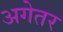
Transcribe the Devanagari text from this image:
अगेतर